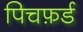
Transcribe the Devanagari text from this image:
पिचफ़र्ड